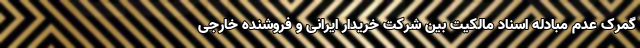
گمرک عدم مبادله اسناد مالکیت بین شرکت خریدار ایرانی و فروشنده خارجی